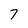
Character: 7